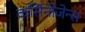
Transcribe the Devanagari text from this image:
कर्सिनोजेन्स